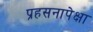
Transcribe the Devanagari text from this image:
प्रहसनापेक्षा